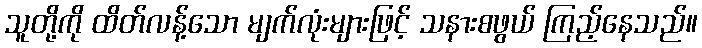
သူတို့ကို ထိတ်လန့်သော မျက်လုံးများဖြင့် သနားစဖွယ် ကြည့်နေသည်။